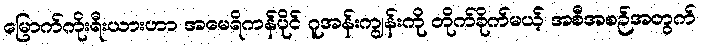
မြောက်ကိုးရီးယားဟာ အမေရိကန်ပိုင် ဂူအန်းကျွန်းကို တိုက်ခိုက်မယ့် အစီအစဉ်အတွက်